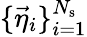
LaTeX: \{ \vec{\eta}_{i}\} _{i=1}^{N_{\mathrm{s}}}